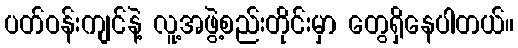
ပတ်ဝန်းကျင်နဲ့ လူ့အဖွဲ့စည်းတိုင်းမှာ တွေရှိနေပါတယ်။